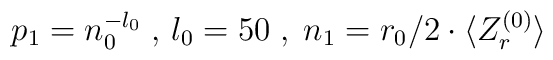
p_1=n_0^{-l_0}\;,\,l_0=50\;,\;n_1=r_0/2\cdot\langle  Z_r^{(0)}\rangle